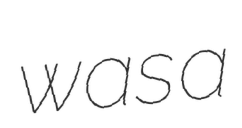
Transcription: was a